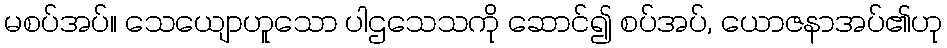
မစပ်အပ်။ သေယျောဟူသော ပါဌသေသကို ဆောင်၍ စပ်အပ်, ယောဇနာအပ်၏ဟု